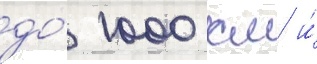
до́ 1000 км и́